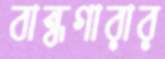
বান্ধগারার